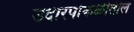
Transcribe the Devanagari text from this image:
उदारपोकळीतील